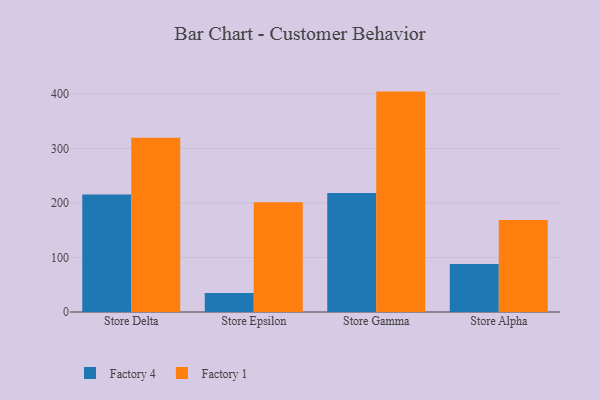
{"axis": {"x": "Store", "y": "Operating Costs (USD K)"}, "legend": ["Factory 1", "Factory 4"], "data": [{"x": "Store Delta", "y": 215.5, "type": "Factory 4"}, {"x": "Store Delta", "y": 319.8, "type": "Factory 1"}, {"x": "Store Epsilon", "y": 35.0, "type": "Factory 4"}, {"x": "Store Epsilon", "y": 201.5, "type": "Factory 1"}, {"x": "Store Gamma", "y": 218.2, "type": "Factory 4"}, {"x": "Store Gamma", "y": 404.4, "type": "Factory 1"}, {"x": "Store Alpha", "y": 88.1, "type": "Factory 4"}, {"x": "Store Alpha", "y": 168.7, "type": "Factory 1"}]}